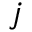
j